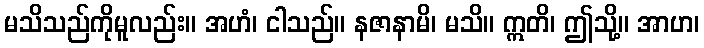
မသိသည်ကိုမူလည်း။ အဟံ၊ ငါသည်။ နဇာနာမိ၊ မသိ။ ဣတိ၊ ဤသို့။ အာဟ၊